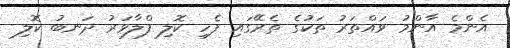
އެންމެ އާންމު ވައްތަރު ތަކުގެ ތެރޭގައި ފެހި ކޮލި ފްލާވަރު ދަނބު ކޮލި